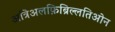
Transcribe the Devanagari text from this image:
अत्रिअलफ़िब्रिल्लतिओन